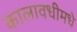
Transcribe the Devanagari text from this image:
कालावधीमधे